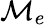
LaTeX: \mathcal{M}_{e}